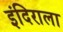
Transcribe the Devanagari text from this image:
इंदिराला